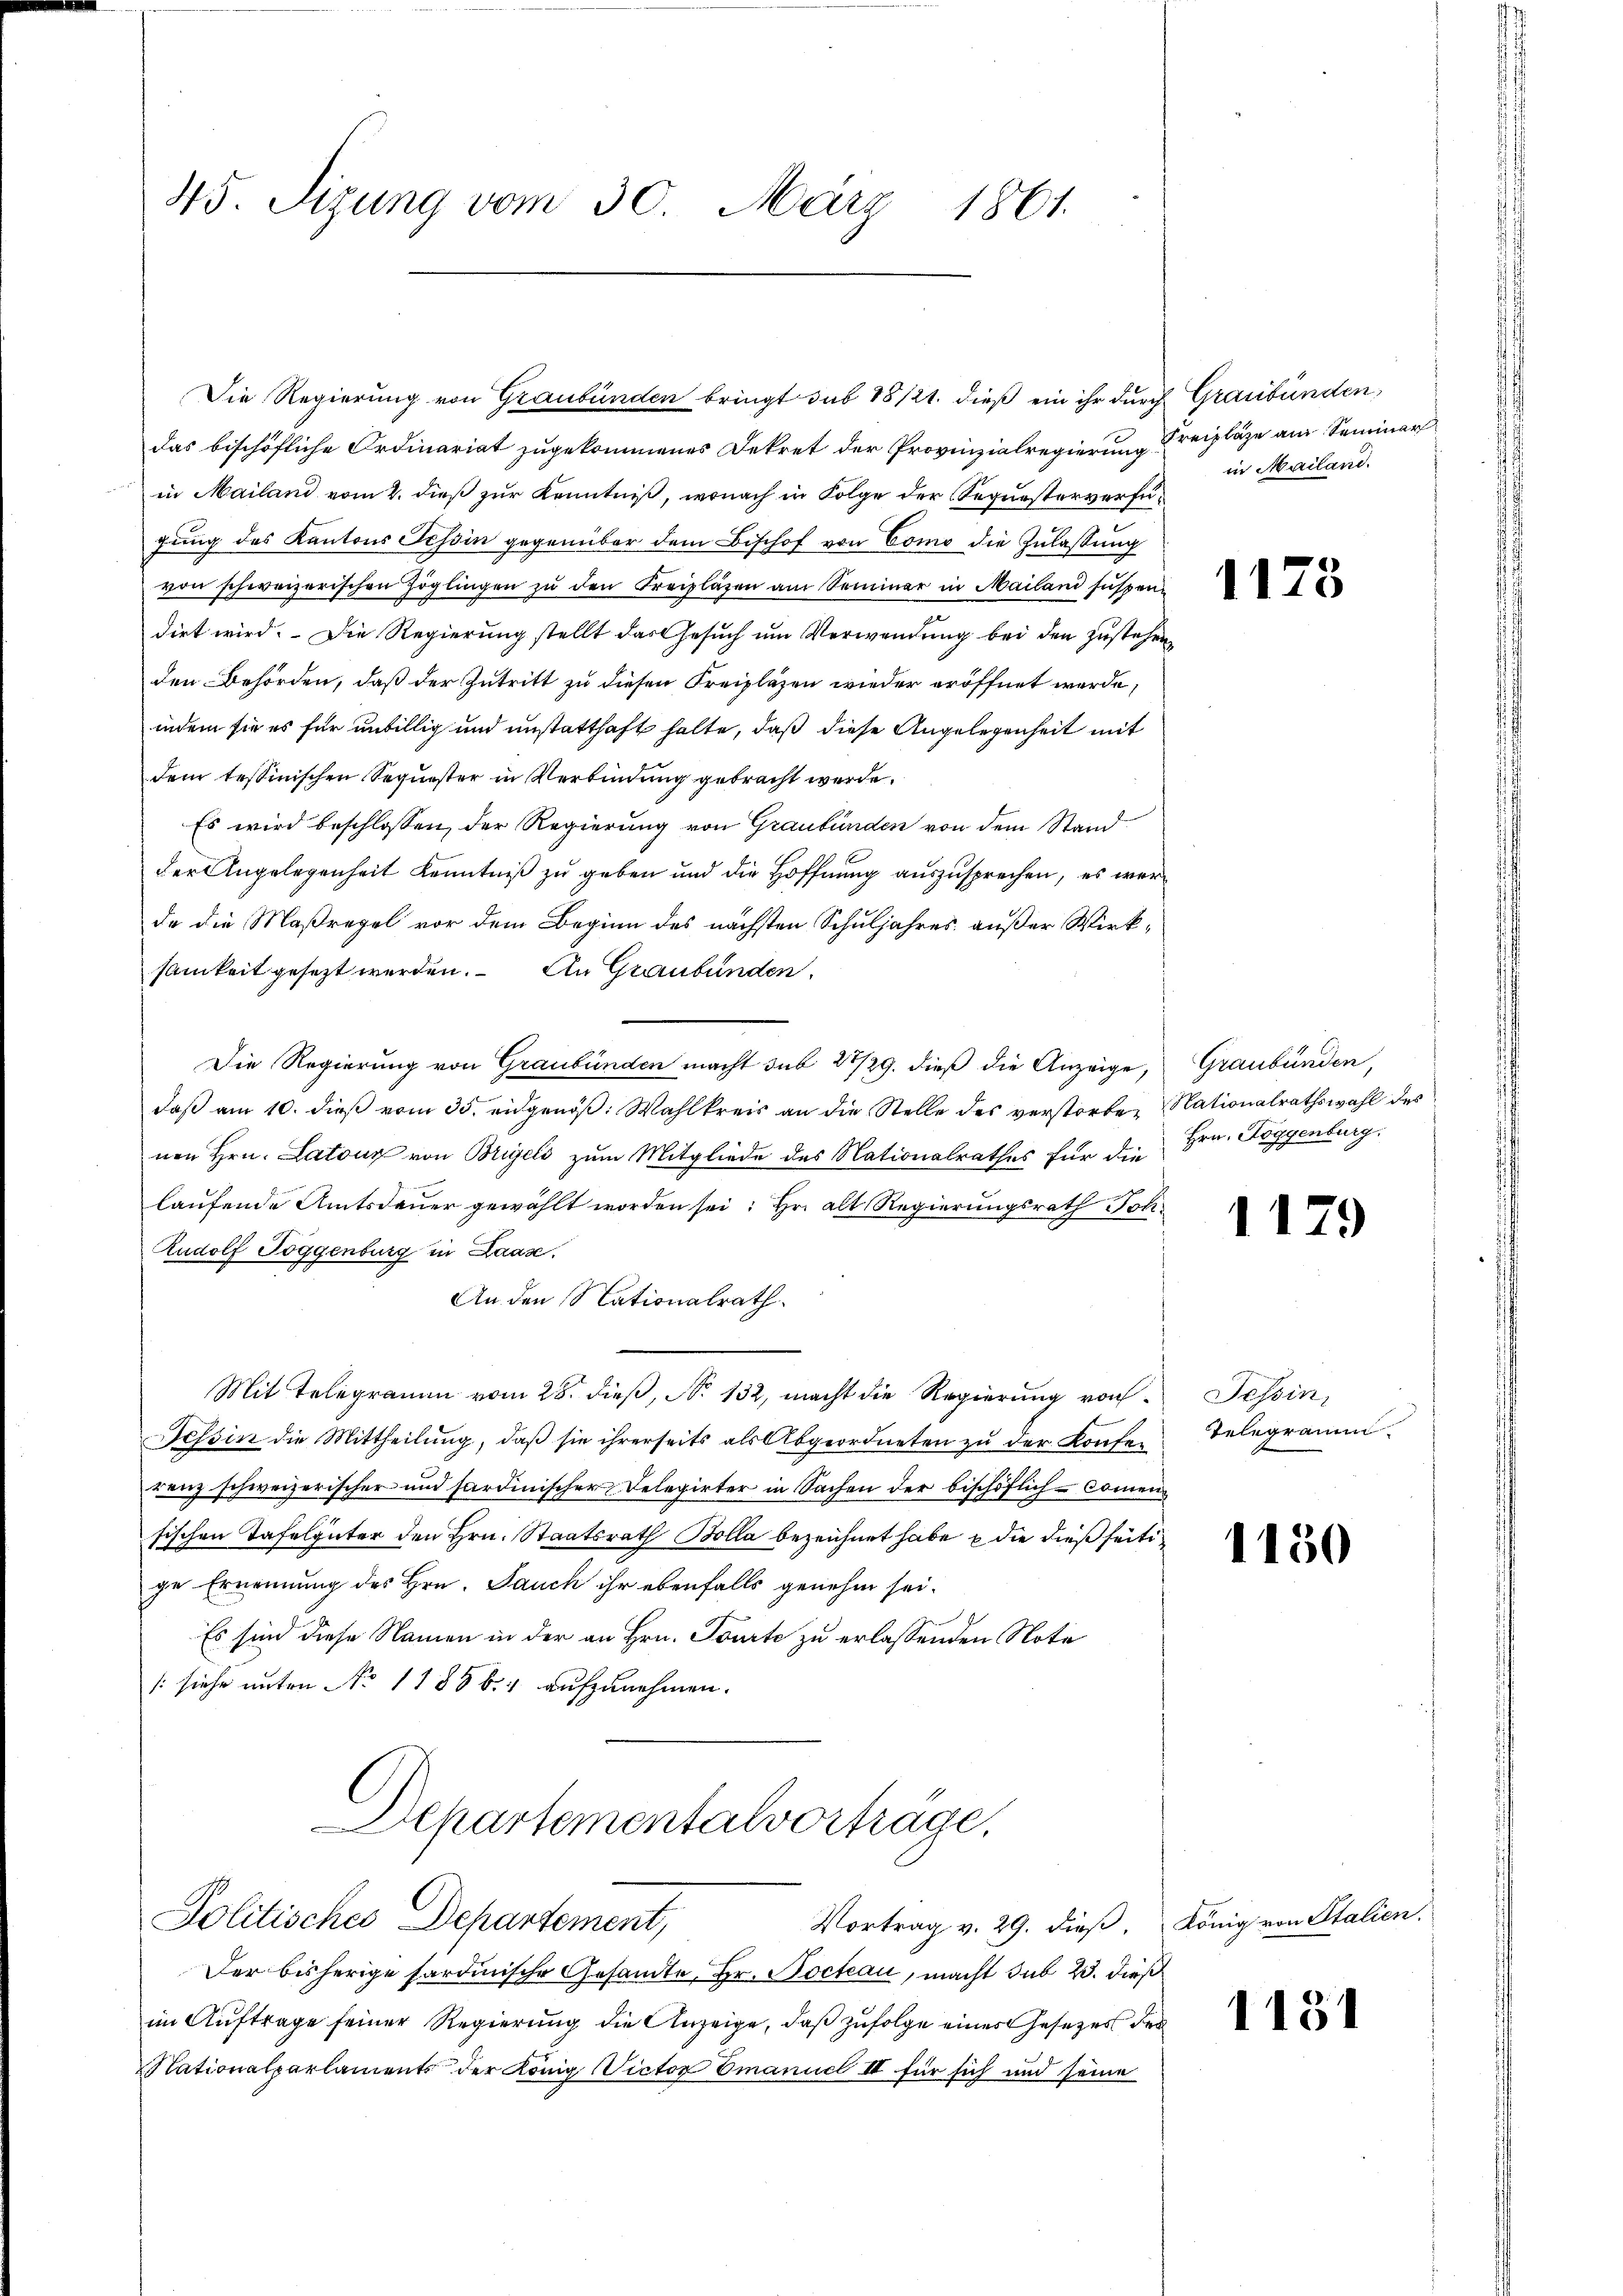
45. Sitzung vom 30. März 1861.

Die Regierung von Graubünden bringt sub 18/21. dieß ein ihr durch Graubünden,
das bischöfliche Ordinariat zugekommenes Dekret der Provinzialregierung Freipläge am Seminar
in Mailand vom 2. dieß zur Kenntniß, wonach in Folge der Sequesterverfügung des Kantons Tessin gegenüber dem Bischof von Como die Zulassung
von schweizerischen Zöglingen zŭ den Freiplazen am Seminar in Mailand süssen.
dirt wird. Die Regierung stellt das Gesuch um Verwendung bei den zustehen
den Behörden, daß der Zutritt zu diesen Freipläzen wieder eröffnet werde;
indem sie es für unbillig und unstatthaft halte, daß diese Angelegenheit mit
dem tessinischen Sequester in Verbindung gebracht werde.
Es wird beschlossen, der Regierung von Graubünden von dem Stand
der Angelegenheit Kenntniβ zŭ geben und die Hoffnŭng aŭszŭsprechen, es werde die Maßregel vor dem Beginn des nächsten Schuljahres außer Wirksamkeit gesezt werden. An Graubünden.
Die Regierung von Graubünden macht sub 27/29. dieß die Anzeige, Graubünden,
daß am 10. dieß vom 35. eidgenöß: Wahlkreis an die Stelle des verstorben Nationalrathswahl des
nen Hrn. Latony von Bregels zum Mitgliede des Nationalrathes für die
laufende Amtsdauer gewählt worden sei: Hr. alt Regierungsrath Joh
Rudolf Toggenburg in Laase.
An den Nationalrath.
Mit Telegramm vom 28. dieß, No 132, macht die Regierung von¬
Tessin die Mittheilung, daß sie ihrerseits als Abgeordneten zu der Konferenz schweizerischer und hardinischer Delegirter in Sachen der bischöflich-Commensischen Tafelgüter den Hrn. Staatsrath Bolla bezeichnet habe die dießseitige Ernennung des Hrn. Jauch ihr ebenfalls genehm sei.
Es sind diese Namen in der an Hrn. Tourte zu erlassenden Note
(siehe unten No 1185 b. 4 aufzunehmen.
Departementalvorträge,
Politisches Departement,
Vortrag v. 29. dieß, König von Stalien.
Der bisherige Sardinische Gesandte, Hr. Nocteau, macht sub 23. dieß
im Auftrage seiner Regierŭng die Anzeige, daß zufolge eines Gesetzes der
Nationalparlaments der König Victor Emanuel III für sich und seine

in Mailand.

1173

Hrn. Toggenburg.

1179

Tessin,
Telegramm.

1130

1131